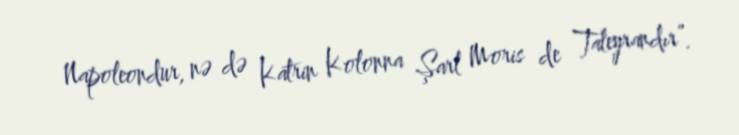
Napoleondur, nə də Katrin Kolonna Şarl Moris de Taleyrandır”.